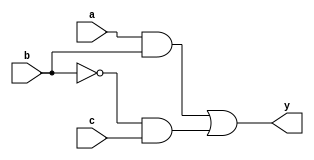
module combinational_logic (
    input wire a,
    input wire b,
    input wire c,
    output reg y
);

// Always block with sensitivity list
always @ (a or b or c) begin
    // Combinational logic implementation
    y = (a & b) | (~b & c); // Example logic: y = (a AND b) OR (NOT b AND c)
end

endmodule